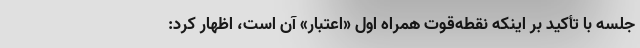
جلسه با تأکید بر اینکه نقطه‌قوت همراه اول «اعتبار» آن است، اظهار کرد: